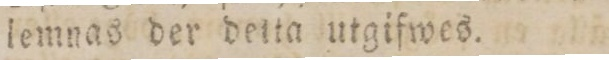
lemnas der detta utgifwes.